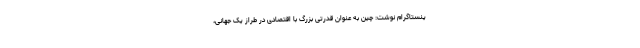
ینستاگرام نوشت: چین به عنوان قدرتی بزرگ با اقتصادی در طرازِ یک جهانی،